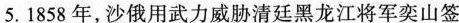
5.1858年，沙俄用武力威胁清廷黑龙江将军奕山签